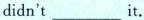
didn't ___ it.